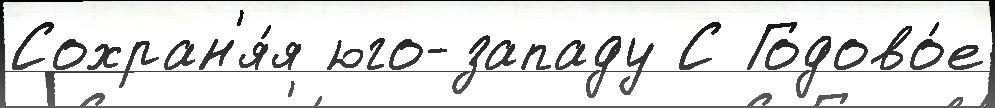
Сохран'я́я юго-западу С Годово́е